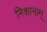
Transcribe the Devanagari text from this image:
निशानाम्